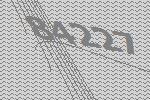
84227